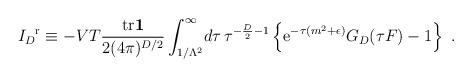
LaTeX: \begin{align*}{I_{D}}^{\mathrm r}\equiv-VT{{\mathrm{tr}}{\bf1}\over2(4\pi)^{D/2}}\int_{1/\Lambda^{2}}^{\infty}\!d\tau\,\tau^{-{D\over2}-1}\left\{{\mathrm e}^{-\tau(m^{2}+\epsilon)}G_{D}(\tau F)-1\right\}\ .\end{align*}